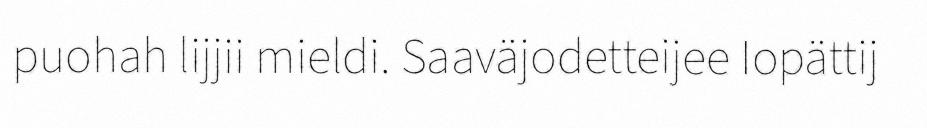
puohah lijjii mieldi. Saaväjodetteijee Iopättij